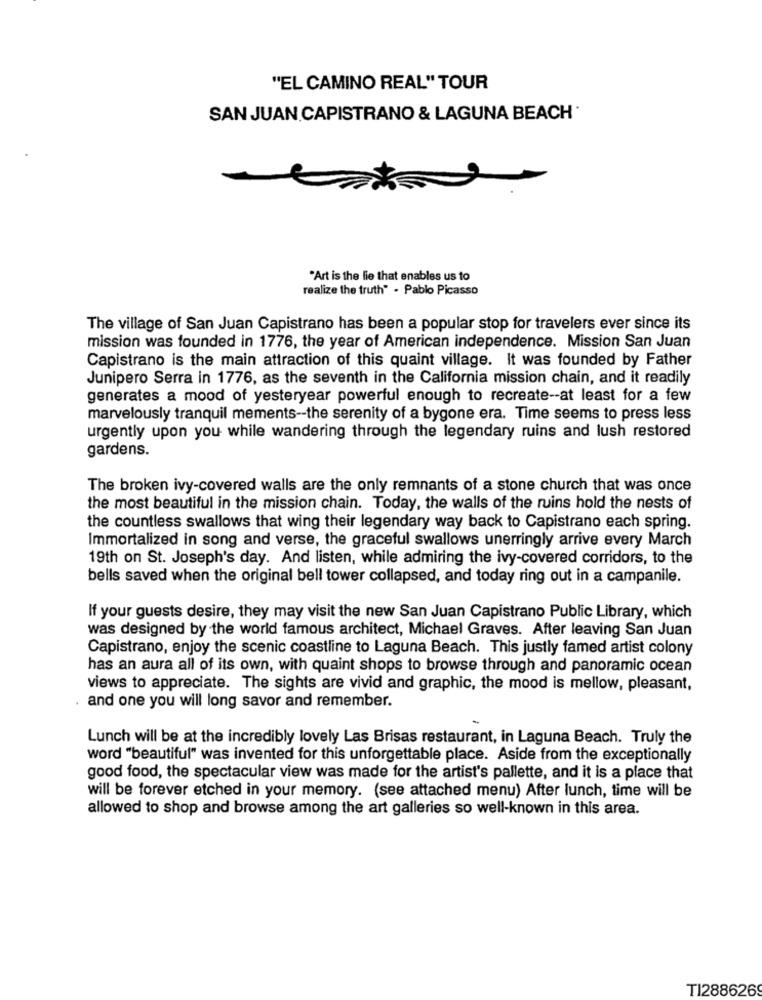
"EL CAMINO REAL" TOUR
SAN JUAN CAPISTRANO & LAGUNA BEACH *
"Art is the lie that enables us to
realize the truth" . Pablo Picasso
The village of San Juan Capistrano has been a popular stop for travelers ever since its
mission was founded in 1776, the year of American independence. Mission San Juan
Capistrano is the main attraction of this quaint village. It was founded by Father
Junipero Serra in 1776, as the seventh in the California mission chain, and it readily
generates a mood of yesteryear powerful enough to recreate -- at least for a few
marvelously tranquil mements -- the serenity of a bygone era. Time seems to press less
urgently upon you while wandering through the legendary ruins and lush restored
gardens.
The broken ivy-covered walls are the only remnants of a stone church that was once
the most beautiful in the mission chain. Today, the walls of the ruins hold the nests of
the countless swallows that wing their legendary way back to Capistrano each spring.
Immortalized in song and verse, the graceful swallows unerringly arrive every March
19th on St. Joseph's day. And listen, while admiring the ivy-covered corridors, to the
bells saved when the original bell tower collapsed, and today ring out in a campanile.
If your guests desire, they may visit the new San Juan Capistrano Public Library, which
was designed by the world famous architect, Michael Graves. After leaving San Juan
Capistrano, enjoy the scenic coastline to Laguna Beach. This justly famed artist colony
has an aura all of its own, with quaint shops to browse through and panoramic ocean
views to appreciate. The sights are vivid and graphic, the mood is mellow, pleasant,
and one you will long savor and remember.
Lunch will be at the incredibly lovely Las Brisas restaurant, in Laguna Beach. Truly the
word "beautiful" was invented for this unforgettable place. Aside from the exceptionally
good food, the spectacular view was made for the artist's pallette, and it is a place that
will be forever etched in your memory. (see attached menu) After lunch, time will be
allowed to shop and browse among the art galleries so well-known in this area.
TI2886269